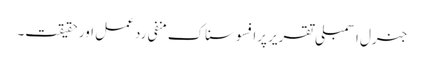
جنرل اسمبلی تقریر پرافسوسناک منفی رد عمل اور حقیقت۔